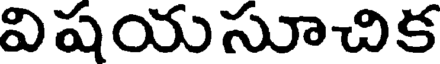
విషయసూచిక